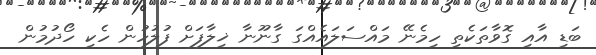
ބަޑި އާއި ގޮވާތަކެތި ހިމެނޭ މައްސަލައެއްގަ ގާނޫނާ ޚިލާފަށް ފުލުހުން ހެކި ހޯދުމުން